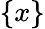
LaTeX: \{ x\}